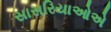
સાસરિયાઓએ